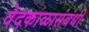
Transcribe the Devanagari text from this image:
वेदकाळासंबंधी